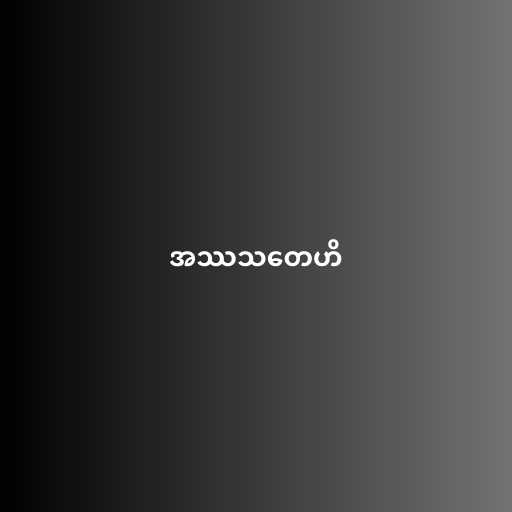
အဿသတေဟိ